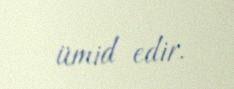
ümid edir.